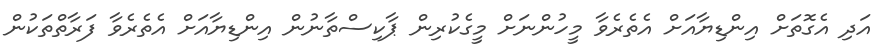
އަދި އެގޮތަށް އިންޑިޔާއަށް އެތެރެވާ މީހުންނަށް މީގެކުރިން ޕާކިސްތާނުން އިންޑިޔާއަށް އެތެރެވާ ފަރާތްތަކުން